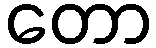
တော